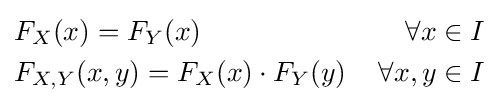
{\begin{aligned}&F_{X}(x)=F_{Y}(x)\,&\forall x\in I\\&F_{X,Y}(x,y)=F_{X}(x)\cdot F_{Y}(y)\,&\forall x,y\in I\end{aligned}}